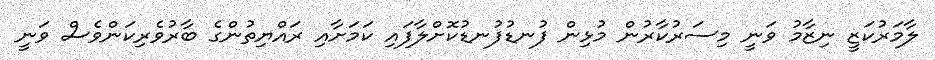
ލާމަރުކަޒީ ނިޒާމު ވަނީ މިސަރުކާރުން މުޅިން ފުނޑުފުނޑުކޮށްލާފައި ކަމަށާއި ރައްޔިތުންގެ ބާރުވެރިކަންވެސް ވަނީ